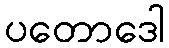
ပတောဒေါ